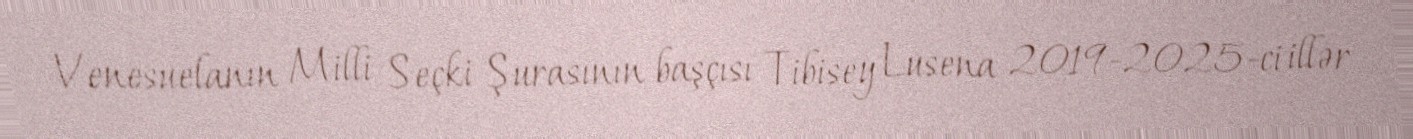
Venesuelanın Milli Seçki Şurasının başçısı Tibisey Lusena 2019-2025-ci illər